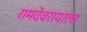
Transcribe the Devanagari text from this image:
रामदेवरायाला